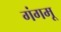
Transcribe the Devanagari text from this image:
गंगमू